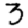
Digit: 3